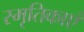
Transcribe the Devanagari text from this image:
स्मृतिकाएं